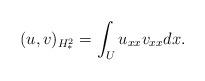
LaTeX: \begin{align*}(u,v)_{H^2_*} = \int_U u_{xx} v_{xx} dx.\end{align*}